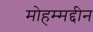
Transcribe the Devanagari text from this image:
मोहम्मद्दीन